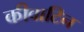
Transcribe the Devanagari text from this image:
कीवाटिन